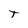
Character: T